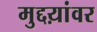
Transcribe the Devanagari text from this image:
मुद्दय़ांवर